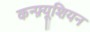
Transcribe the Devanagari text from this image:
कन्फ़्यूशियन